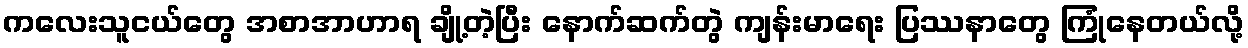
ကလေးသူငယ်တွေ အစာအာဟာရ ချို့တဲ့ပြီး နောက်ဆက်တွဲ ကျန်းမာရေး ပြဿနာတွေ ကြုံနေတယ်လို့